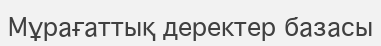
Мұрағаттық деректер базасы